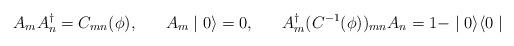
LaTeX: \begin{align*}A_{m} A^{\dagger}_{n} = C_{mn}(\phi), \;\;\;\;\;\; A_{m} \mid 0 \rangle = 0, \;\;\;\;\;\;A^{\dagger}_{m}(C^{-1}(\phi))_{mn} A_{n} = 1 - \mid 0 \rangle \langle 0 \mid \end{align*}